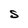
Character: S